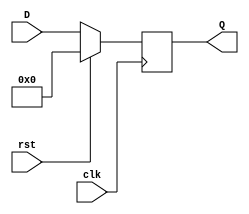
module synchronous_register (
    input wire clk,       // Clock input
    input wire rst,       // Reset input (active high)
    input wire [7:0] D,   // Data input (8-bit wide, can be adjusted)
    output reg [7:0] Q    // Data output (8-bit wide, can be adjusted)
);

    // Always block triggered on the rising edge of the clock or reset
    always @(posedge clk) begin
        if (rst) begin
            Q <= 8'b0;    // Reset the output to 0
        end else begin
            Q <= D;       // Capture the input data on the clock edge
        end
    end

endmodule